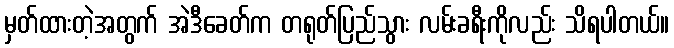
မှတ်ထားတဲ့အတွက် အဲဒီခေတ်က တရုတ်ပြည်သွား လမ်းခရီးကိုလည်း သိရပါတယ်။